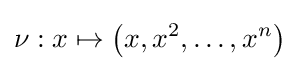
\nu :x\mapsto \left(x,x^{2},\ldots ,x^{n}\right)